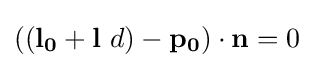
((\mathbf {l_{0}} +\mathbf {l} \ d)-\mathbf {p_{0}} )\cdot \mathbf {n} =0